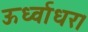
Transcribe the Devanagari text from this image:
ऊर्ध्वाधर।